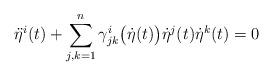
LaTeX: \begin{align*}\ddot{\eta}^i(t) +\sum_{j,k=1}^n \gamma^i_{jk} \big( \dot{\eta}(t) \big) \dot{\eta}^j(t) \dot{\eta}^k(t) =0\end{align*}